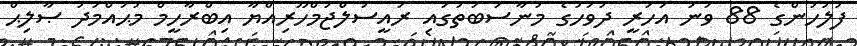
ފުލުހުންގެ 88 ވަނަ އަހަރީ ދުވަހުގެ މުނާސަބަތުގައި ރައީސުލްޖުމްހޫރިއްޔާ އިބްރާހީމް މުޙައްމަދު ޞާލިޙް